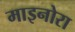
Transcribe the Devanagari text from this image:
माइनोरा